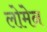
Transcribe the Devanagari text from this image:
लोमेन